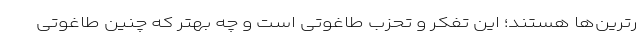
رترین‌ها هستند؛ این تفکر و تحزب طاغوتی است و چه بهتر که چنین طاغوتی